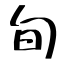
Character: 旬